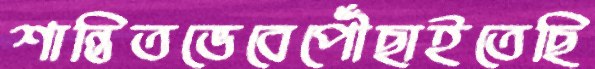
শান্তিতভেবেপৌঁছাইতেছি